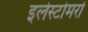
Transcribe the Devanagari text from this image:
इलेस्टोमरों